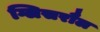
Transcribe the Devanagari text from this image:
ग्लिसरौल